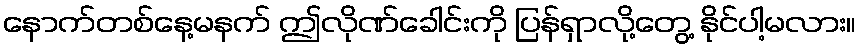
နောက်တစ်နေ့မနက် ဤလိုဏ်ခေါင်းကို ပြန်ရှာလို့တွေ့ နိုင်ပါ့မလား။